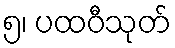
၅၊ ပထဝီသုတ်